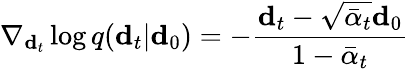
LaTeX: \nabla_{\mathbf{d}_{t}}\log q(\mathbf{d}_{t}\vert\mathbf{d}_{0})=-\frac{\mathbf{d}_{t}-\sqrt{\bar{\alpha}_{t}}\mathbf{d}_{0}}{1-\bar{\alpha}_{t}}